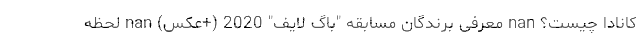
کانادا چیست؟ nan معرفی برندگان مسابقه "باگ لایف" 2020 (+عکس) nan لحظه